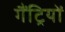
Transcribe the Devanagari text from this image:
गैंट्रियों